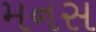
મનસ